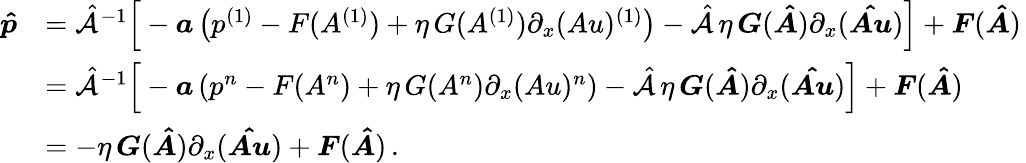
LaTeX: \begin{array}{rl}{\boldsymbol{\hat{p}}}&{=\hat{\mathcal{A}}^{-1}\Big[-\boldsymbol{a}\left(p^{(1)}-F(A^{(1)})+\eta\, G(A^{(1)})\partial_{x}(Au)^{(1)}\right)-\hat{\mathcal{A}}\, \eta\, \boldsymbol{G}(\boldsymbol{\hat{A}})\partial_{x}(\boldsymbol{\hat{Au}})\Big]+\boldsymbol{F}(\boldsymbol{\hat{A}})\, }\\ &{=\hat{\mathcal{A}}^{-1}\Big[-\boldsymbol{a}\left(p^{n}-F(A^{n})+\eta\, G(A^{n})\partial_{x}(Au)^{n}\right)-\hat{\mathcal{A}}\, \eta\, \boldsymbol{G}(\boldsymbol{\hat{A}})\partial_{x}(\boldsymbol{\hat{Au}})\Big]+\boldsymbol{F}(\boldsymbol{\hat{A}})\, }\\ &{=-\eta\, \boldsymbol{G}(\boldsymbol{\hat{A}})\partial_{x}(\boldsymbol{\hat{Au}})+\boldsymbol{F}(\boldsymbol{\hat{A}})\, .}\end{array}